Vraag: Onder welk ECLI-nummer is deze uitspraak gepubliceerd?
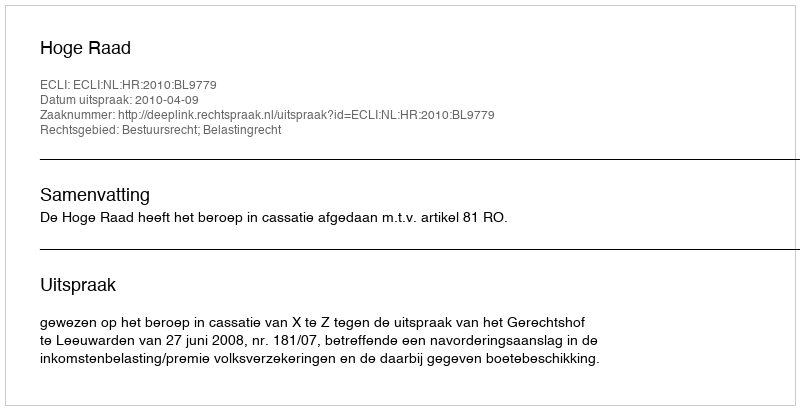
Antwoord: ECLI:NL:HR:2010:BL9779